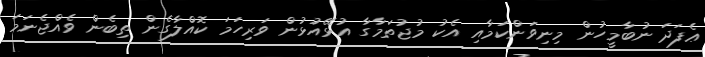
ޢެފަދަ ނުބާމީހުން މިނިވަންކަމާއި އެކު މުޖުތަމާގާ އުޅޭއުޅުން ވަރިހަމަ ކޮއްލާގެން ތިބެން ވެއްޖެނަމަ